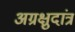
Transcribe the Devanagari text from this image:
अग्रक्षुदांत्र